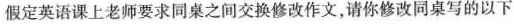
假定英语课上老师要求同桌之间交换修改